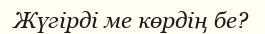
Жүгiрдi ме көрдiң бе?